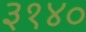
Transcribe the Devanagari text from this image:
३१४०